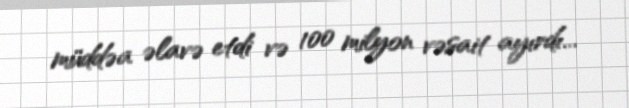
müddəa əlavə etdi və 100 milyon vəsait ayırdı...